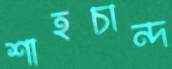
শাহচান্দ